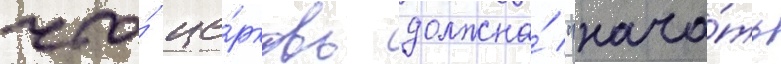
что́ це́рковь должна́ "нача́ть